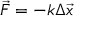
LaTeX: { \vec { F } } = - k \Delta { \vec { x } }